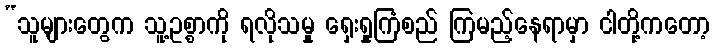
“သူများတွေက သူ့ဥစ္စာကို ရလိုသမှု ရှေးရှုကြံစည် ကြမည့်နေရာမှာ ငါတို့ကတော့